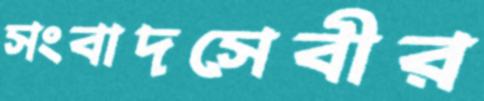
সংবাদসেবীর